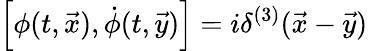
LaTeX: \left[\phi(t,\vec{x}),\dot{\phi}(t,\vec{y})\right]=i\delta^{(3)}(\vec{x}-\vec{y})